Subject: stat
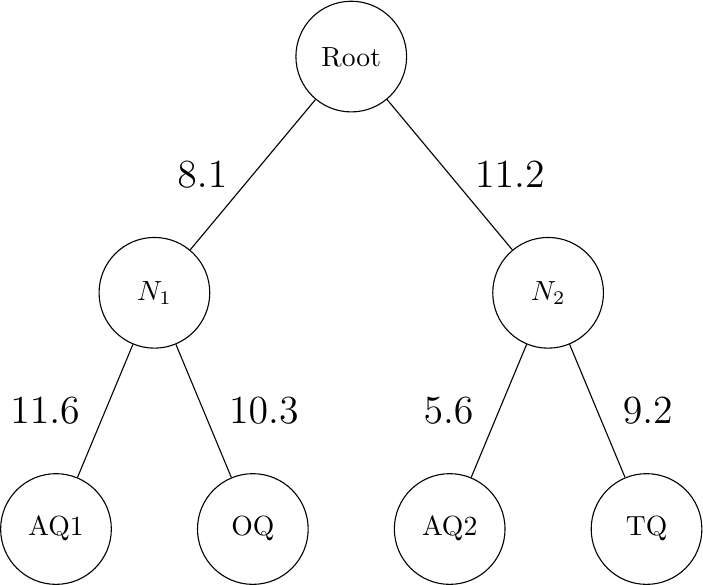
LaTeX code:
\begin{tikzpicture}
    \node[circle, draw, minimum size = 4em]{Root}[sibling distance= 5 cm, level distance = 3 cm]
        child {node[circle, draw, minimum size = 4em] {$N_1$}
        [sibling distance = 2.5 cm]
            child{node[circle, draw, minimum size = 4em] {AQ1}
            edge from parent node[left, xshift=-0.2cm] {\Large 11.6}}
            child {node[circle, draw, minimum size = 4em] {OQ}
            edge from parent node[right, xshift=0.2cm] {\Large 10.3}}
            edge from parent node[left, xshift=-0.2cm] {\Large 8.1}
        }
        child {node[circle, draw, minimum size = 4em] {$N_2$} [sibling distance = 2.5 cm]
            child {node[circle, draw, minimum size = 4em] {AQ2}
            edge from parent node[left, xshift=-0.2cm] {\Large 5.6}}
            child{node[circle, draw, minimum size = 4em] {TQ}
            edge from parent node[right, xshift=0.2cm] {\Large 9.2}}
            edge from parent node[right, xshift=0.2cm] {\Large 11.2}
        };
    \end{tikzpicture}